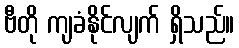
ဗီတို ကျခံနိုင်လျက် ရှိသည်။